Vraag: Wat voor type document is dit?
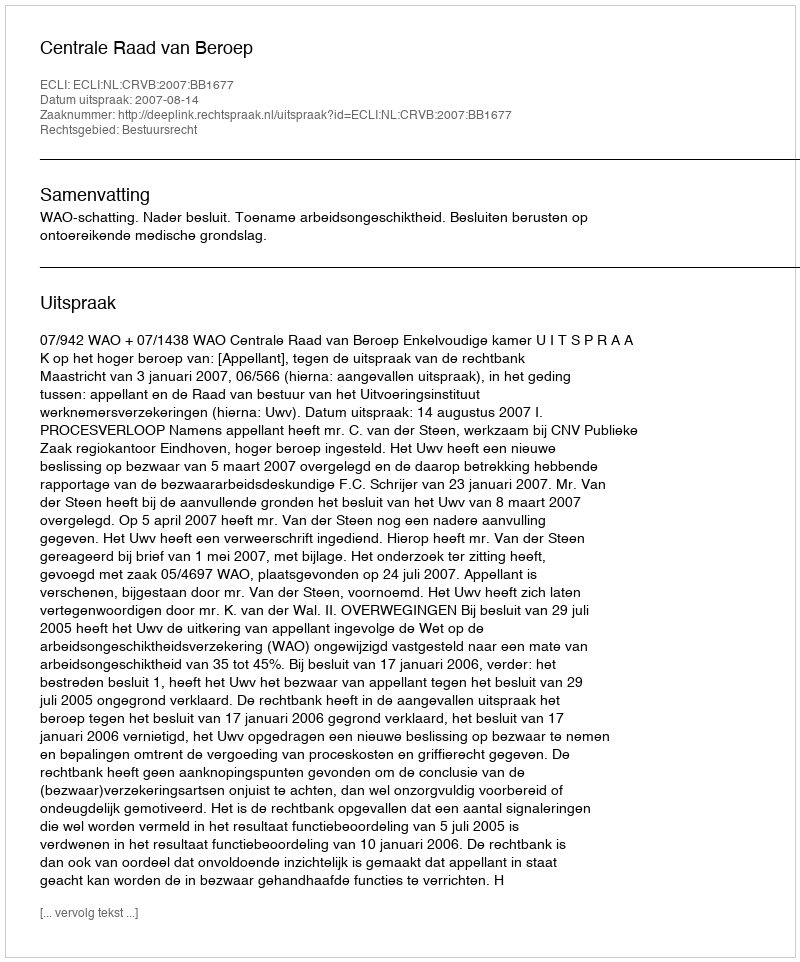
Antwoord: Uitspraak